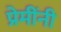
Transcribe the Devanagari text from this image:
प्रेमींनी